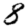
Digit: 8